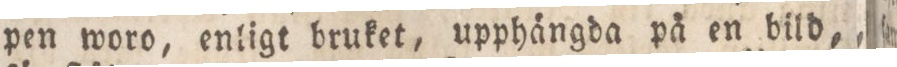
pen woro, enligt bruket, upphängda på en bild,